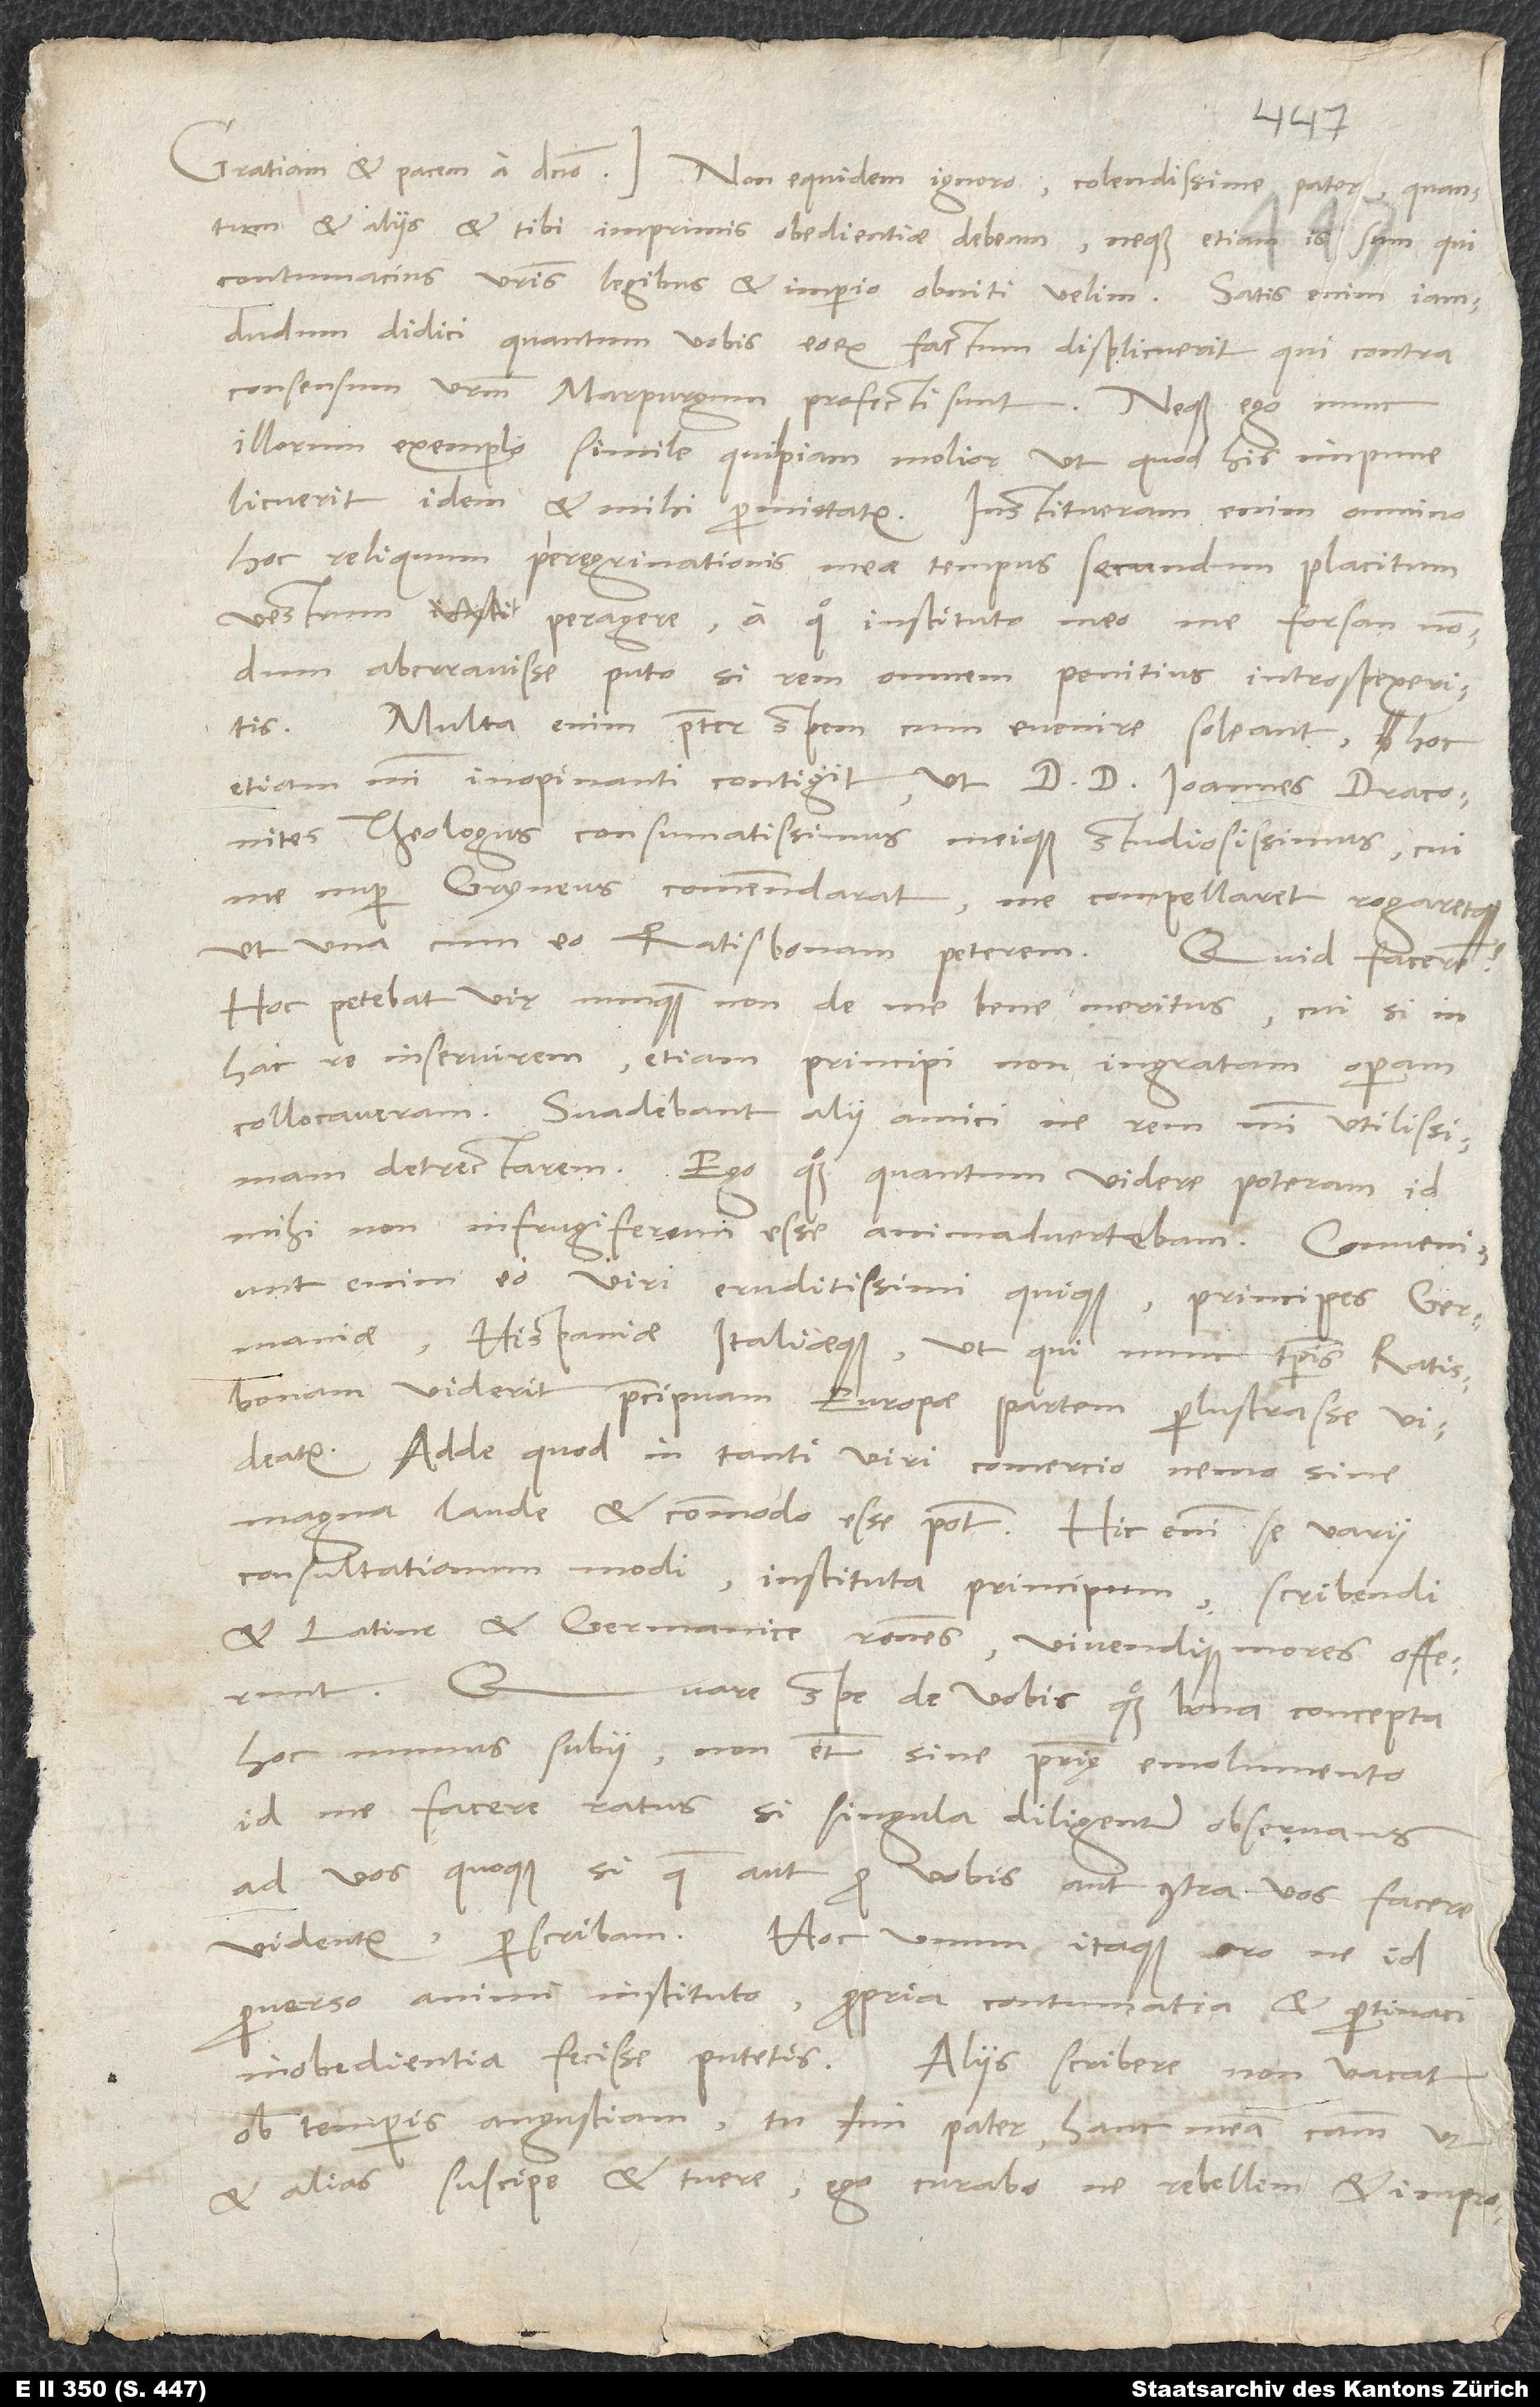
et aliis et tibi imprimis obedientiae debeam, neque etiam is sum, qui
contumacius vestris legibus et imperio obniti velim. Satis enim iamdudum
didici, quantum vobis eorum factum displicuerit, qui contra
consensum vestrum Marpurgum profecti sunt. Neque ego nunc
illorum exemplo simile quidpiam molior, ut, quod his impune
licuerit, idem et mihi permittatur. Institueram enim omnino
hoc reliquum peregrinationis meae tempus secundum placitum
vestrum peragere, a quo instituto meo me forsan nondum
aberravisse puto, si rem omnem penitius introspexeritis.
Multa enim praeter spem cum evenire soleant, hoc
etiam mihi inopinanti contigit, ut d. doctor Ioannes Draconites,
theologus consumatissimus meique studiosissimus, cui
me nuper Gryneus commendarat, me compellaret rogaretque,
ut una cum eo Ratisbonam peterem. Quid facerem?
Hoc petebat vir nunquam non de me bene meritus, cui si in
hac re inservirem, etiam principi non ingratam operam
collocaveram. Suadebant alii amici, ne rem mihi utilissimam
detrectarem. Ego quoque, quantum videre poteram, id
mihi non infrugiferum esse animadvertebam. Conveniunt
enim eo viri eruditissimi quique, principes Germaniae,
Hispaniae Italiaeque, ut, qui nunc temporis Ratisbonam
viderit, praecipuam Europae partem perlustrasse videatur.
Adde, quod in tanti viri comercio nemo sine
magna laude et commodo esse potest. Hic enim se varii
consultationum modi, instituta principum, scribendi
et Latine et Germanice rationes vivendique mores offerunt.
Quare spe de vobis quoque bona concepta
hoc munus subii, non etiam sine patrię emolumento
id me facere ratus, si singula diligenter observans
ad vos quoque, si quae aut pro vobis aut contra vos facere
perverso animi instituto, propria contumatia et pertinaci
inobedientia fecisse putetis. Aliis scribere non vacat
ob temporis angustiam. Tu, mi pater, hanc meam causam ut
et alias suscipe et tuere; ego curabo, ne rebellem et improb um